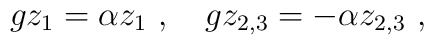
gz_1=\alpha z_1~,~~~gz_{2,3}=-\alpha z_{2,3}~,